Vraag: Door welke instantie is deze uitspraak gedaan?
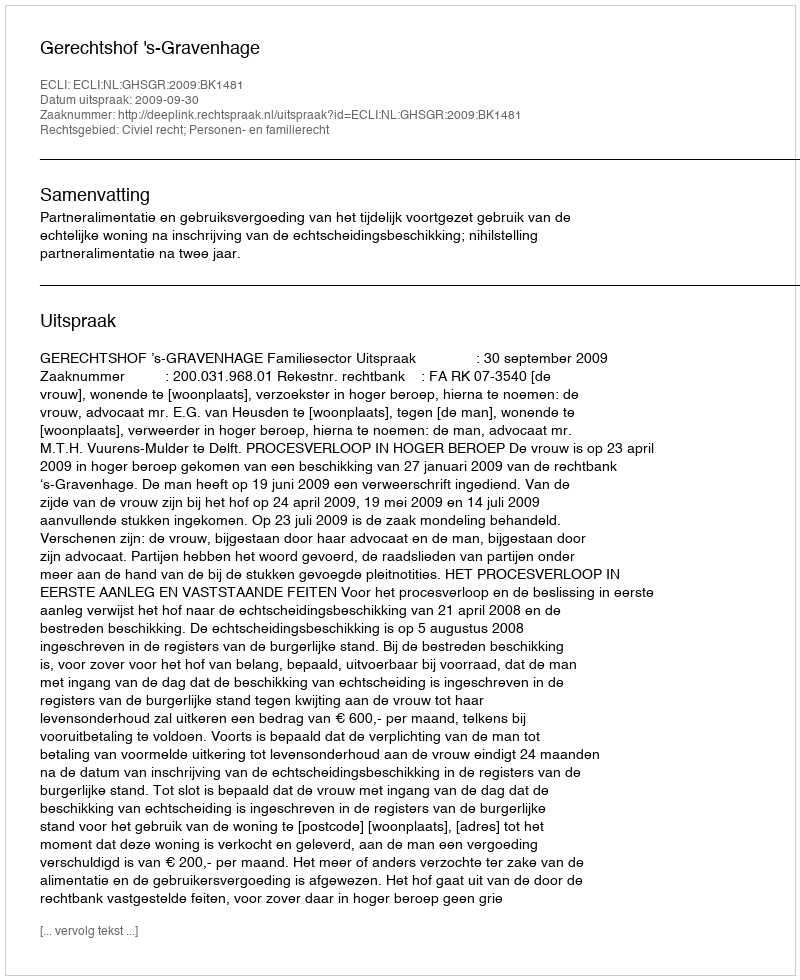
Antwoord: Gerechtshof 's-Gravenhage